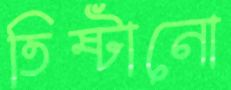
তিষ্টানো